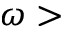
\omega >